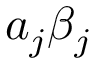
a _ { j } \beta _ { j }